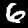
Label: 6